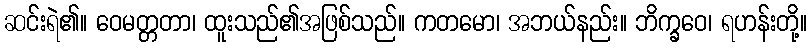
ဆင်းရဲ၏။ ဝေမတ္တတာ၊ ထူးသည်၏အဖြစ်သည်။ ကတမော၊ အဘယ်နည်း။ ဘိက္ခဝေ၊ ရဟန်းတို့။